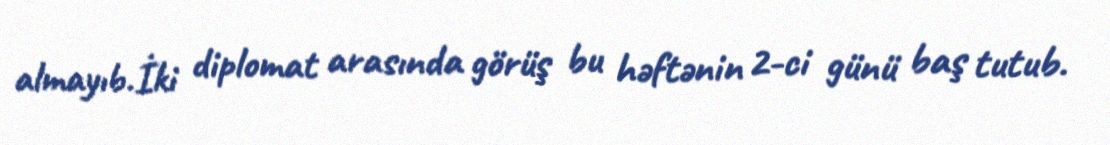
almayıb.İki diplomat arasında görüş bu həftənin 2-ci günü baş tutub.